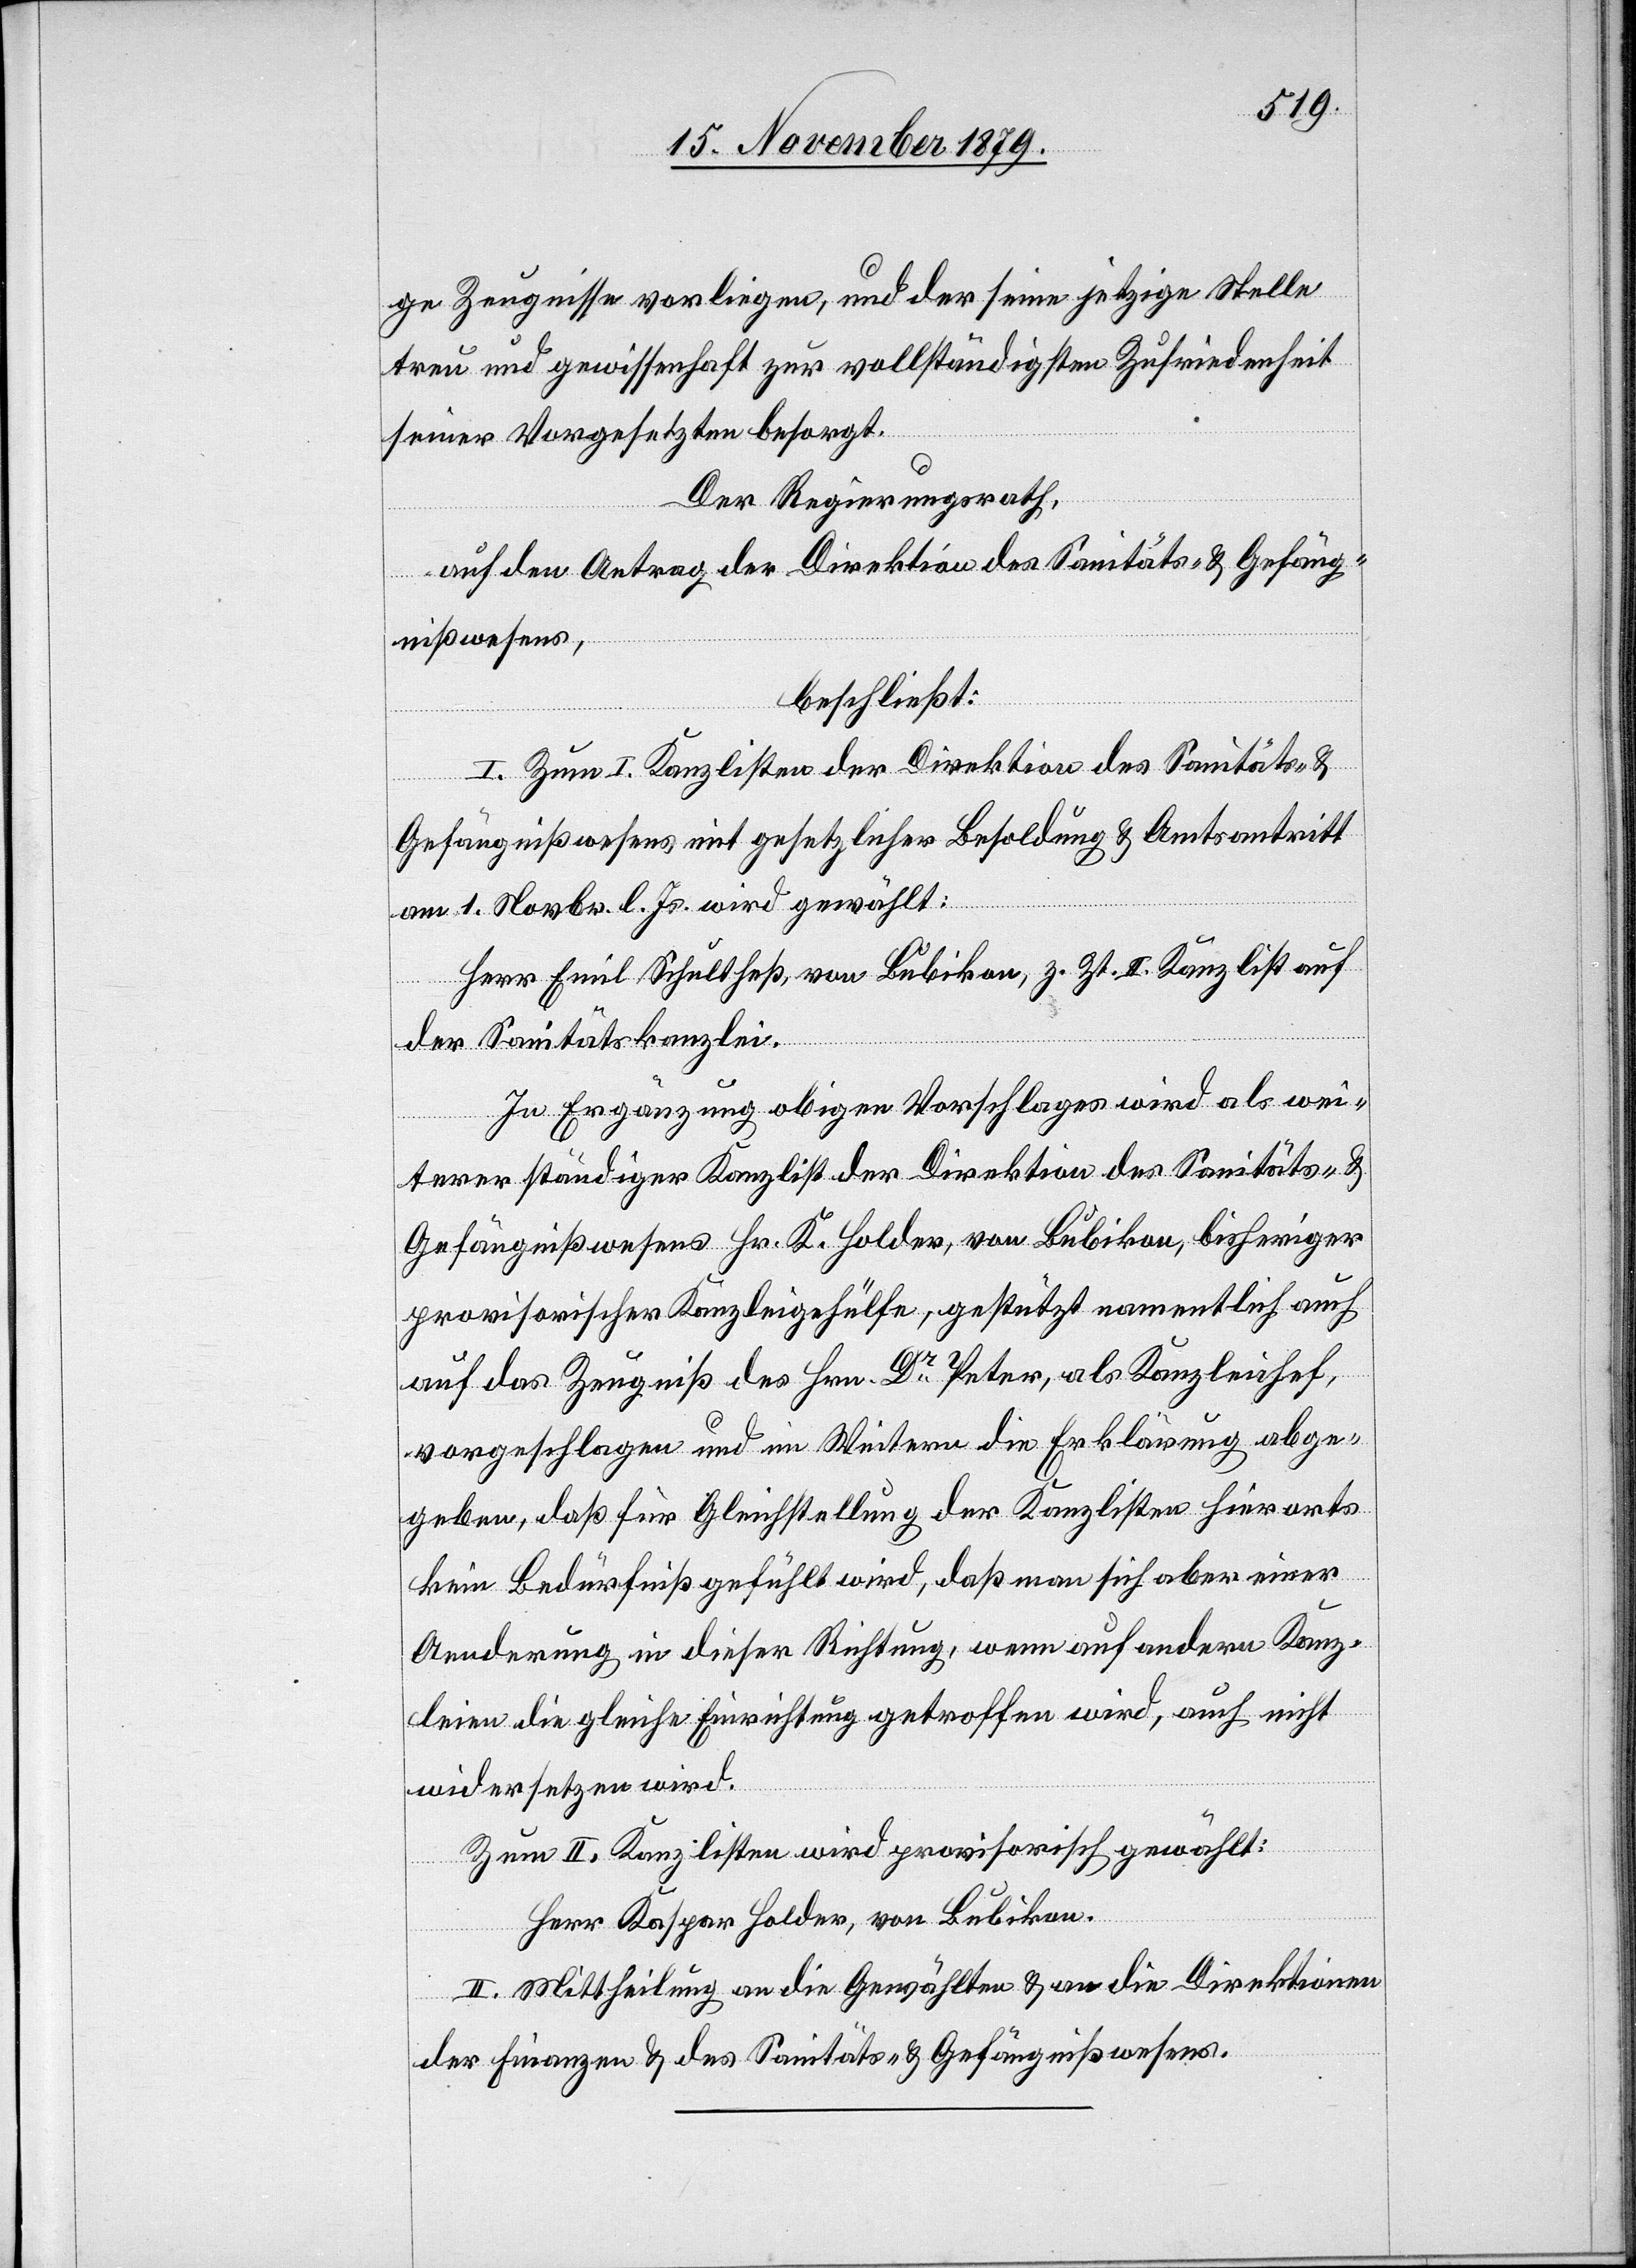
ge Zeugnisse vorliegen, und der seine jetzige Stelle
treu und gewissenhaft zur vollständigsten Zufriedenheit
seiner Vorgesetzten besorgt.
Der Regierungsrath,
auf den Antrag der Direktion des Sanitäts- & Gefäng¬
nißwesens,
beschließt:
I. Zum I. Kanzlisten der Direktion des Sanitäts- &
Gefängnißwesens mit gesetzlicher Besoldung & Amtsantritt
am 1. Novbr. d. Js. wird gewählt:
Herr Emil Schultheß, von Bubikon, z. Zt. II. Kanzlist auf
der Sanitätskanzlei.
In Ergänzung obigen Vorschlages wird als wei¬
terer ständiger Kanzlist der Direktion des Sanitäts- &
Gefängnißwesens Hr. K. Holder, von Bubikon, bisheriger
provisorischer Kanzleigehülfe, gestützt namentlich auch
auf das Zeugniß des Hrn. Dr Peter, als Kanzleichef,
vorgeschlagen und im Weitern die Erklärung abge¬
geben, das für Gleichstellung der Kanzlisten hierorts
kein Bedürfniß gefühlt wird, daß man sich aber einer
Aenderung in dieser Richtung, wenn auf andern Kanz¬
leien die gleiche Einrichtung getroffen wird, auch nicht
widersetzen wird.
Zum II. Kanzlisten wird provisorisch gewählt:
Herr Kaspar Holder, von Bubikon.
II. Mittheilung an die Gewählten & an die Direktionen
der Finanzen & des Sanitäts- & Gefängnißwesens.